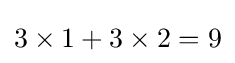
3\times 1+3\times 2=9